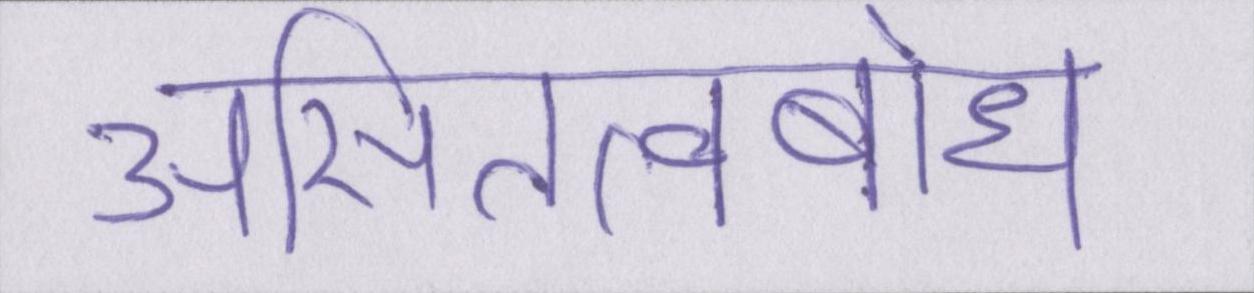
असितत्वबोध